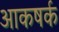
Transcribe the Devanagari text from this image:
आकषर्क